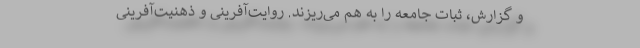
و گزارش، ثبات جامعه را به هم می‌ریزند. روایت‌آفرینی و ذهنیت‌آفرینی